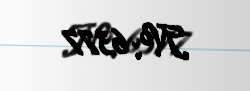
№: 6377